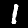
Label: 1